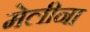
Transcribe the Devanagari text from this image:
मेलीना